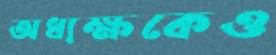
অধ্যক্ষকেও